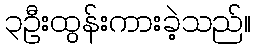
၃ဦးထွန်းကားခဲ့သည်။